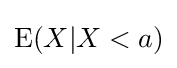
\operatorname {E} (X|X<a)